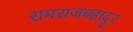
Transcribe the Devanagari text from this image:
रामराजबहादुर